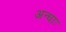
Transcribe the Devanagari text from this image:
अन्धाः